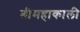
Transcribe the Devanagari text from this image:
श्रीमहाकाली